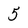
Character: 5